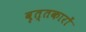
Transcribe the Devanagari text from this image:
वृत्तकारों